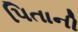
પિતાની